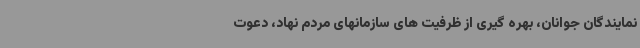
نمایندگان جوانان، بهره گیری از ظرفیت های سازمانهای مردم نهاد، دعوت